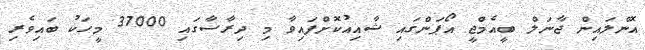
އޮންލައިން ޖާނަލް ބީއެމްޖީ އޯޕަންގައި ޝާއިއުކޮށްފައިވާ މި ދިރާސާގައި 37000 މީހަކު ބައިވެރި